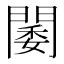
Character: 𨵋